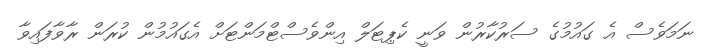
ނަމަވެސް އެ ގައުމުގެ ސަރުކާރުން ވަނީ ކެޕިޓަލް އިންވެސްޓްމަންޓަށް އެގައުމުން ކުރަން ރާވާފައިވާ